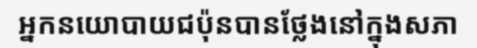
អ្នកនយោបាយជប៉ុនបានថ្លែងនៅក្នុងសភា